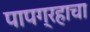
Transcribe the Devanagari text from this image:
पापग्रहाचा